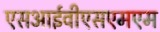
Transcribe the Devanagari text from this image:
एसआईवीएसएमएम